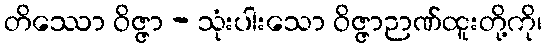
တိဿော ဝိဇ္ဇာ - သုံးပါးသော ဝိဇ္ဇာဉာဏ်ထူးတို့ကို၊